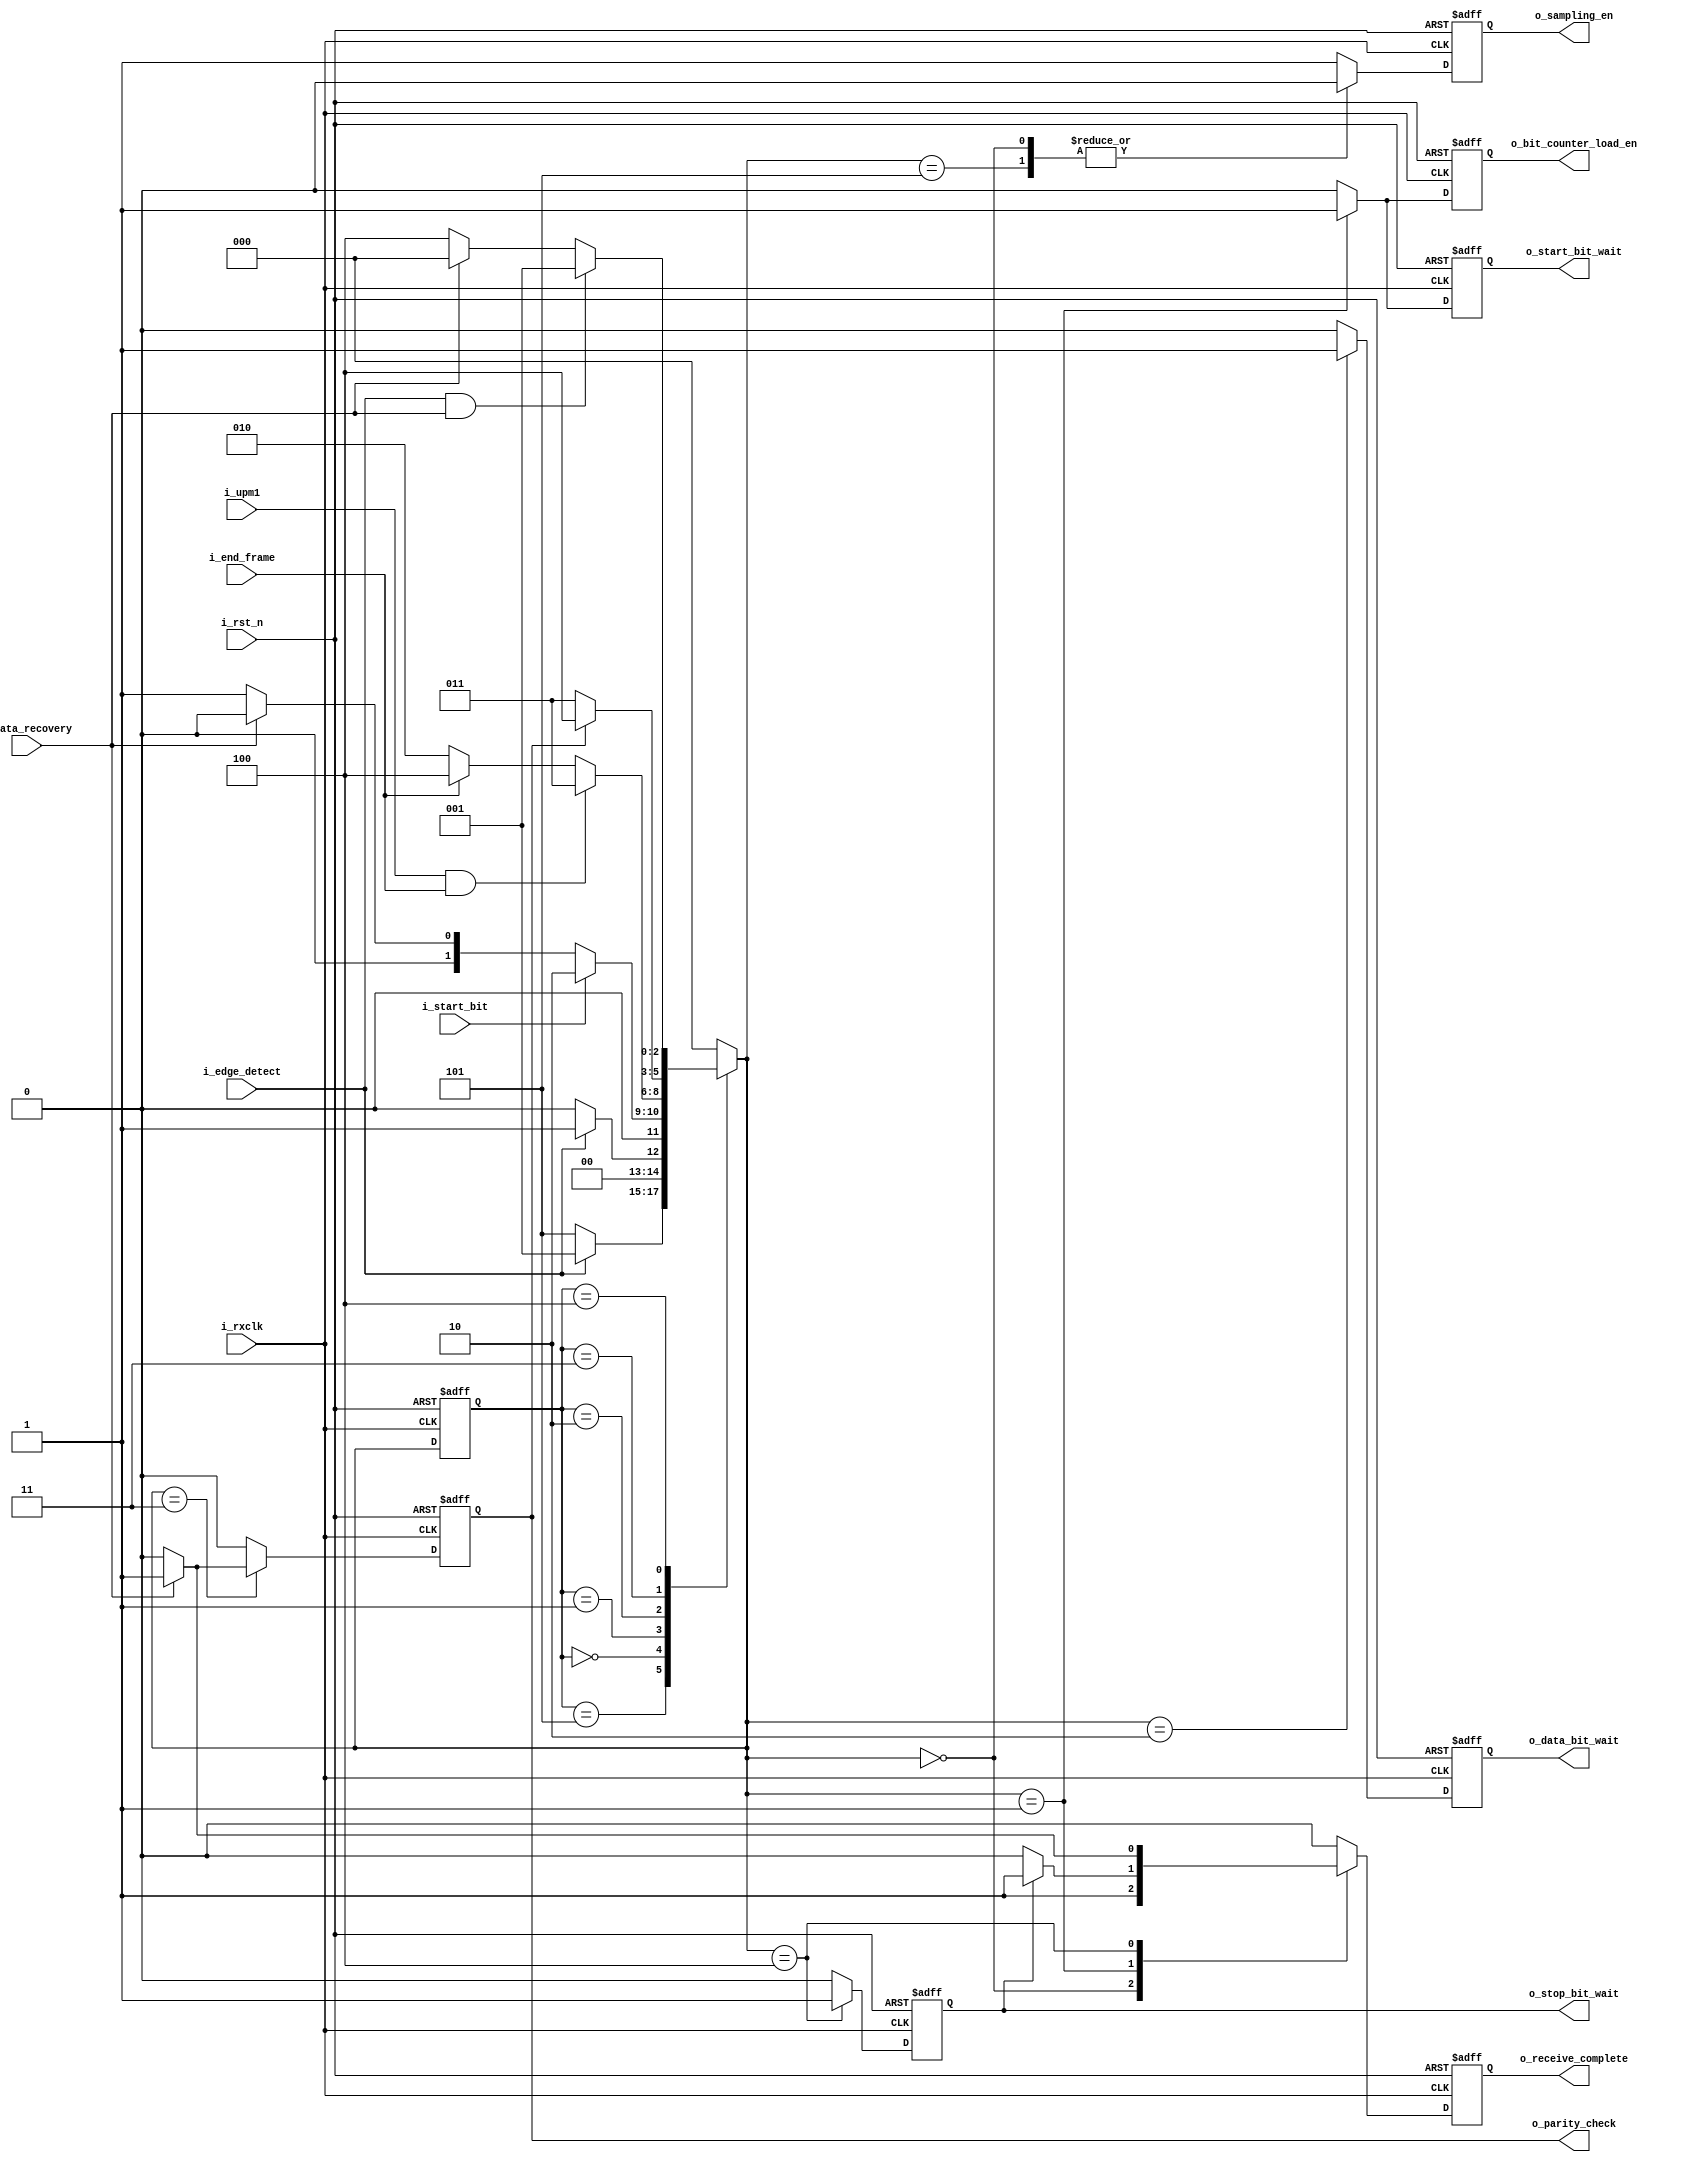
module fsm_rx (
				i_rxclk,
				i_rst_n,
				i_edge_detect,
				i_start_bit,
				i_data_recovery,
				i_end_frame,
				i_upm1,
				o_start_bit_wait,
				o_data_bit_wait,
				o_sampling_en,
				o_bit_counter_load_en,
				o_parity_check,
				o_stop_bit_wait,
				o_receive_complete
				);

/*--------------------------Parameter--------------------------*/

parameter 					IDLE_RESET 		= 5,
							IDLE 			= 0,
							START_BIT		= 1,
							DATA_RECEIVE	= 2,
							PARITY_CHECK 	= 3,
							STOP_BIT 		= 4;

/*--------------------------Input ports------------------------*/

input 						i_rxclk;	//	receiver1 clock signal
input 						i_rst_n;	// 	system reset
input 						i_edge_detect;	//	falling edge flag
input 						i_start_bit;	// start bit detect
input 						i_data_recovery; // signal that points that data was recovered
input 						i_end_frame;	//	last bit receiving
input 						i_upm1;	//	//	1 - parity enable, 0 - parity disable

/*--------------------------Ouput ports------------------------*/

output reg					o_sampling_en;	// enable signal for sample counter operation
output reg 					o_bit_counter_load_en; // bit counter write enable
output reg					o_stop_bit_wait;	// fsm waits for stop bits
output reg 					o_parity_check; // signal for parity check
output reg 					o_receive_complete; // receive complete flag
output reg 					o_start_bit_wait; // fsm wait for start bit
output reg 					o_data_bit_wait;	// fsm wait for data bits

/*--------------------------Inout ports------------------------*/

/*--------------------------Variables--------------------------*/

reg 	[2:0]				state, next_state; // part of fsm state change logic

/*--------------------------Sequential logic-------------------*/

always @(posedge i_rxclk or negedge i_rst_n) begin : fsm_state_change_block
	if(~i_rst_n) begin : fsm_state_change_reset
		state <= IDLE_RESET;
	end else begin : fsm_state_change_operation
		state <= next_state;
	end
end

/*--------------------------Combinational logic----------------*/

always @(posedge i_rxclk or negedge i_rst_n) begin : fsm_output_logic_block
	if(~i_rst_n) begin : fsm_output_logic_reset
		o_sampling_en 		  <= 0;
		o_bit_counter_load_en <= 0;
		o_stop_bit_wait 	  <= 0;
		o_parity_check		  <= 0;
		o_receive_complete	  <= 0;
		o_start_bit_wait	  <= 0;
		o_data_bit_wait 	  <= 0;
	end else begin : fsm_output_logic_operation
		o_sampling_en 		  <= 1;
		o_bit_counter_load_en <= 0;
		o_stop_bit_wait		  <= 0;
		o_parity_check		  <= 0;
		o_receive_complete 	  <= 0;
		o_start_bit_wait	  <= 0;
		o_data_bit_wait 	  <= 0;
		 case(next_state)
		 	IDLE_RESET:
					begin : idle_reset_operation
						o_sampling_en 		<= 0;
					end
		 	IDLE:	begin : idle_state_operation
		 				o_sampling_en		<= 0;
		 				o_receive_complete	<= 1;
		 			end
		 	START_BIT:
		 			begin : start_bit_operation
		 				o_bit_counter_load_en <= 1;
		 				o_start_bit_wait	  <= 1;
		 				if(o_stop_bit_wait) o_receive_complete 	<=	1;
		 			end
		 	DATA_RECEIVE:
		 			begin : data_receive_operation
		 				o_data_bit_wait <= 1;
		 			end
		 	PARITY_CHECK:
		 			begin : parity_check_operation
		 				if (i_data_recovery)
		 					o_parity_check <= 1;
		 			end
		 	STOP_BIT:
		 			begin : stop_bit_1_operation
		 				o_stop_bit_wait  	  <= 1;
		 				if (i_data_recovery)
		 					o_receive_complete 	<=	1;	 					
		 			end
		 endcase // next_state
	end
end

/*--------------------------Finite state machine---------------*/

always @(*) begin : fsm_state_chage_logic_block
	case(state)
		IDLE_RESET: 
				if (i_edge_detect) 	
					next_state = START_BIT;
				else 	
					next_state = IDLE_RESET;
		IDLE: 	if (i_edge_detect) 	
					next_state = START_BIT;
				else 	
					next_state = IDLE;
		START_BIT:
				if (i_start_bit)
					next_state = DATA_RECEIVE;
				else 
					if(i_data_recovery) 
						next_state = IDLE;
					else 
						next_state = START_BIT;	
		DATA_RECEIVE:
				case(1'b1)
					i_upm1 & i_end_frame: next_state = PARITY_CHECK;
					i_end_frame	:		  next_state = STOP_BIT;
					default: 			  next_state = DATA_RECEIVE;
				endcase
		PARITY_CHECK:
				if(o_parity_check) 	
						next_state = STOP_BIT;
				else 	next_state = PARITY_CHECK;
		STOP_BIT:
				case (1'b1)
					i_edge_detect & i_data_recovery:
								 				next_state = START_BIT;
					i_data_recovery: 			next_state = IDLE;
					default: 					next_state = STOP_BIT;
				endcase
		default: next_state = IDLE;
	endcase
end

endmodule